Lunatic asylums Central Provinces reports 1886-1894 - 1886-1894
Year: 1886
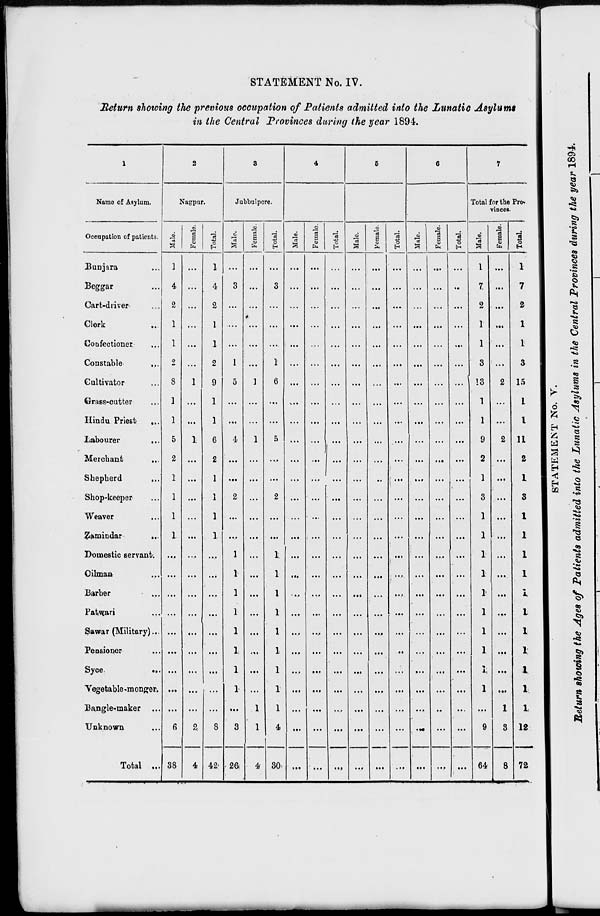
STATEMENT No. IV.
Return showing the previous occupation of Patients admitted into the Lunatic Asylums
in the Central Provinces during the year 1894.
1
Name of Asylum.
Occupation of patients.
Bunjara ...
Beggar ...
Cart-driver ...
Clerk ...
Confectioner ...
Constable
...
Cultivator ...
Grass-cutter ...
Hindu Priest
...
Labourer ...
Merchant ...
Shepherd ...
Shop-keeper
Weaver ...
Zamindar
...
Domestic servant.
Oilman ...
Barber ...
Patwari ...
Sawar (Military) ...
Pensioner ...
Syce
...
Vegetable -monger.
Bangle-maker ...
Unknown ...
Total ...
2
Nagpur.
Male.
1
4
2
1
1
2
8
1
1
5
2
1
1
1
1
...
...
...
...
...
...
...
...
...
6
38
Female.
...
...
...
...
...
...
1
...
...
1
...
...
...
...
...
...
...
...
...
...
...
...
...
...
2
4
Total.
1
4
2
1
1
2
9
1
1
6
2
1
1
1
1
...
...
...
...
...
...
...
...
...
8
42
3
Jubbulpore.
Male.
...
3
...
...
...
1
5
...
...
4
...
...
2
...
...
1
1
1
1
1
1
1
1
...
3
26
Female.
...
...
...
...
...
...
1
...
...
1
...
...
...
...
...
...
...
...
...
...
...
...
...
1
1
4
Total.
...
3
...
...
...
1
6
...
...
5
...
...
2
...
...
1
1
1
1
1
1
1
1
1
4
30
4
Male.
...
...
...
...
...
...
...
...
...
...
...
...
...
...
...
...
...
...
...
...
...
...
...
...
...
...
Female.
...
...
...
...
...
...
...
...
...
...
...
...
...
...
...
...
...
...
...
...
...
...
...
...
...
...
Total.
...
...
...
...
...
...
...
...
...
...
...
...
...
...
...
...
...
...
...
...
...
...
...
...
...
...
5
Male.
...
...
...
...
...
...
...
...
...
...
...
...
...
...
...
...
...
...
...
...
...
...
...
...
...
...
Female.
...
...
...
...
...
...
...
...
...
...
...
...
...
...
...
...
...
...
...
....
...
...
...
...
...
...
Total.
...
...
...
...
...
...
...
...
...
...
...
...
...
...
...
...
...
...
...
...
...
...
...
...
...
...
6
Male.
...
...
...
...
...
...
...
...
...
...
...
...
...
...
...
...
...
...
...
...
...
...
...
...
...
...
Female.
...
...
...
...
...
...
...
...
...
...
...
...
...
...
...
...
...
...
...
...
...
...
...
...
...
...
Total.
...
...
...
...
...
...
...
...
...
...
...
...
...
...
...
...
...
...
...
...
...
...
...
...
...
...
7
Total for the Pro-
vinces.
Male.
1
7
2
1
1
3
13
1
1
9
2
1
3
1
1
1
1
1
1
1
1
1
1
...
9
64
Female.
...
...
...
...
...
...
2
...
...
2
...
...
...
...
...
...
...
...
...
...
...
...
...
1
3
8
Total
1
7
2
1
1
3
15
1
1
11
2
1
3
1
1
1
1
1
1
1
1
1
1
1
12
72